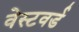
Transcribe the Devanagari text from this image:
वेस्टवर्ड